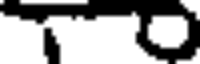
T